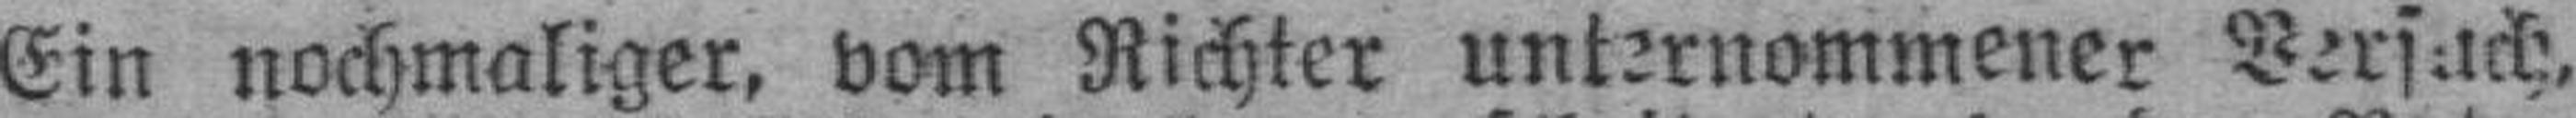
Ein nochmaliger, vom Richter unternommener Versuch,